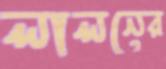
লালনের